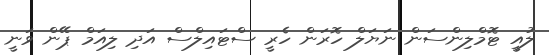
ލުއީ ޓޮމްލިންސަން ނަޔަލް ހޮރަން ހެރީ ސްޓައިލްސް އަދި ލިއަމް ޕޭން ވަނީ